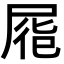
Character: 𡲏